Leprosy in India: report of the Leprosy Commission in India, 1890-91
Year: 1890
Disease focus: Leprosy
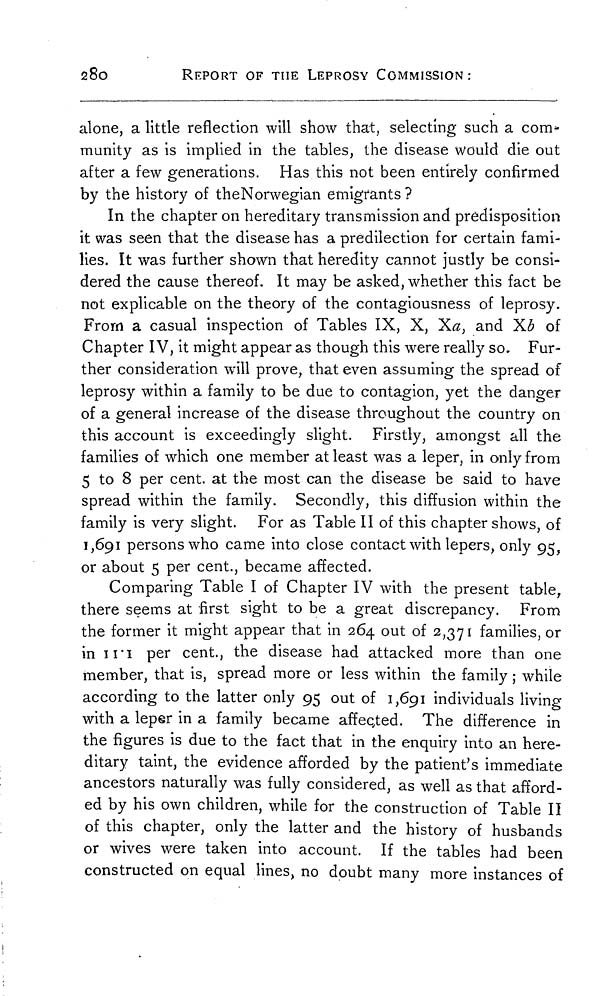
280
REPORT OF THE LEPROSY COMMISSION :
alone, a little reflection will show that, selecting such a com-
munity as is implied in the tables, the disease would die out
after a few generations. Has this not been entirely confirmed
by the history of the Norwegian emigrants ?
In the chapter on hereditary transmission and predisposition
it was seen that the disease has a predilection for certain fami-
lies. It was further shown that heredity cannot justly be consi-
dered the cause thereof. It may be asked, whether this fact be
not explicable on the theory of the contagiousness of leprosy.
From a casual inspection of Tables IX, X, Xa, and Xb of
Chapter IV, it might appear as though this were really so. Fur-
ther consideration will prove, that even assuming the spread of
leprosy within a family to be due to contagion, yet the danger
of a general increase of the disease throughout the country on
this account is exceedingly slight. Firstly, amongst all the
families of which one member at least was a leper, in only from
5 to 8 per cent. at the most can the disease be said to have
spread within the family. Secondly, this diffusion within the
family is very slight. For as Table II of this chapter shows, of
1,691 persons who came into close contact with lepers, only 95,
or about 5 per cent., became affected.
Comparing Table I of Chapter IV with the present table,
there seems at first sight to be a great discrepancy. From
the former it might appear that in 264 out of 2,371 families, or
in 11.1 per cent., the disease had attacked more than one
member, that is, spread more or less within the family ; while
according to the latter only 95 out of 1,691 individuals living
with a leper in a family became affected. The difference in
the figures is due to the fact that in the enquiry into an here-
ditary taint, the evidence afforded by the patient's immediate
ancestors naturally was fully considered, as well as that afford-
ed by his own children, while for the construction of Table II
of this chapter, only the latter and the history of husbands
or wives were taken into account. If the tables had been
constructed on equal lines, no doubt many more instances of